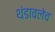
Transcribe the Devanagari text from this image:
थंडावलेच